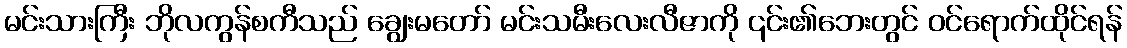
မင်းသားကြီး ဘိုလကွန်စကီသည် ချွေးမတော် မင်းသမီးလေးလီဇာကို ၎င်း၏ဘေးတွင် ဝင်ရောက်ထိုင်ရန်